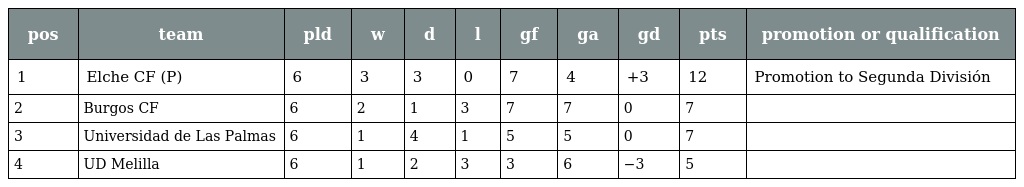
| pos | team | pld | w | d | l | gf | ga | gd | pts | promotion or qualification |
 | --- | --- | --- | --- | --- | --- | --- | --- | --- | --- | --- |
 | 1 | Elche CF (P) | 6 | 3 | 3 | 0 | 7 | 4 | +3 | 12 | Promotion to Segunda División |
 | 2 | Burgos CF | 6 | 2 | 1 | 3 | 7 | 7 | 0 | 7 |  |
 | 3 | Universidad de Las Palmas | 6 | 1 | 4 | 1 | 5 | 5 | 0 | 7 |  |
 | 4 | UD Melilla | 6 | 1 | 2 | 3 | 3 | 6 | −3 | 5 |  |